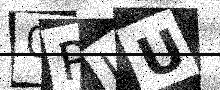
Text: 0PJU